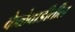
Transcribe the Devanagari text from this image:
केळेवाडीतील